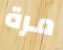
مرة